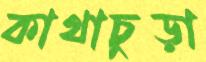
কাথাচুড়া